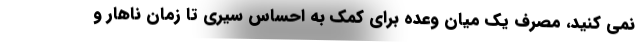
نمی کنید، مصرف یک میان وعده برای کمک به احساس سیری تا زمان ناهار و